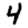
Digit: 4